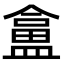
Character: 𥂜